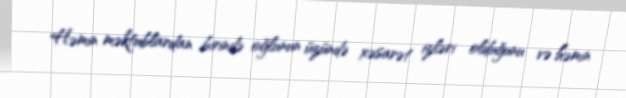
Həmin məktublardan birində oğlunun üzündə xəsarət izləri olduğunu və həmin